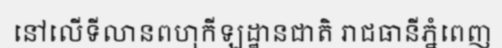
នៅលើទីលានពហុកីឡដ្ឋានជាតិ រាជធានីភ្នំពេញ